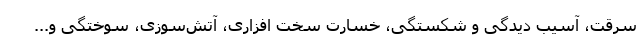
سرقت، آسیب دیدگی و شکستگی، خسارت سخت افزاری، آتش‌سوزی، سوختگی و...